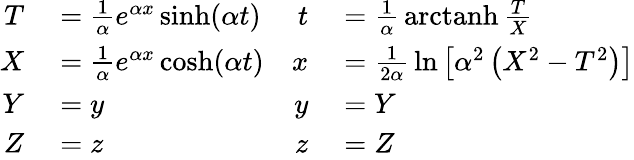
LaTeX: \begin{array}{cc}{{\begin{array}{rl}{T}&{{}={\frac{1}{\alpha}}e^{\alpha x}\sinh(\alpha t)}\\ {X}&{{}={\frac{1}{\alpha}}e^{\alpha x}\cosh(\alpha t)}\\ {Y}&{{}=y}\\ {Z}&{{}=z}\end{array}}}&{{\begin{array}{rl}{t}&{{}={\frac{1}{\alpha}}\operatorname{arctanh}{\frac{T}{X}}}\\ {x}&{{}={\frac{1}{2\alpha}}\ln\left[\alpha{}^{2}\left(X^{2}-T^{2}\right)\right]}\\ {y}&{{}=Y}\\ {z}&{{}=Z}\end{array}}}\end{array}